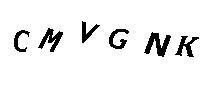
DMVGNK